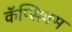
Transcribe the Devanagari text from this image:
कॅप्सिक्म